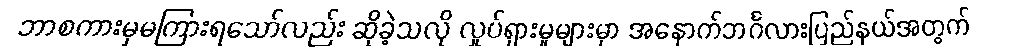
ဘာစကားမှမကြားရသော်လည်း ဆိုခဲ့သလို လှုပ်ရှားမှုများမှာ အနောက်ဘင်္ဂလားပြည်နယ်အတွက်